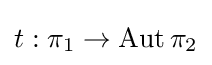
t:\pi _{1}\to \operatorname {Aut} \pi _{2}